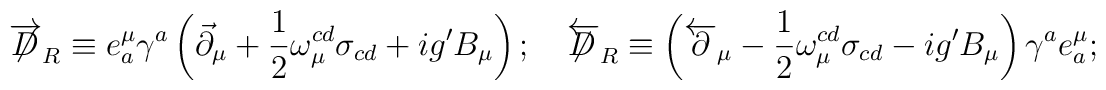
\overrightarrow{\not\!\!D}_{R}\equiv e^{\mu}_{a}\gamma^{a}\left(\vec{\partial}_{\mu}+\frac{1}{2}\omega_{\mu}^{cd}\sigma_{cd}+ig^{\prime}B_{\mu}\right); \quad\overleftarrow{\not\!\!D}_{R}\equiv\left(\overleftarrow{\partial}_{\mu}-\frac{1}{2}\omega_{\mu}^{cd}\sigma_{cd}-ig^{\prime}B_{\mu}\right)\gamma^{a}e_{a}^{\mu};